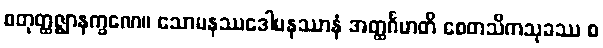
စတုတ္ထဇ္ဈာနက္ခဏေ။ သောမနဿဒေါမနဿာနံ အတ္ထင်္ဂမာတိ စေတသိကသုခဿ စ